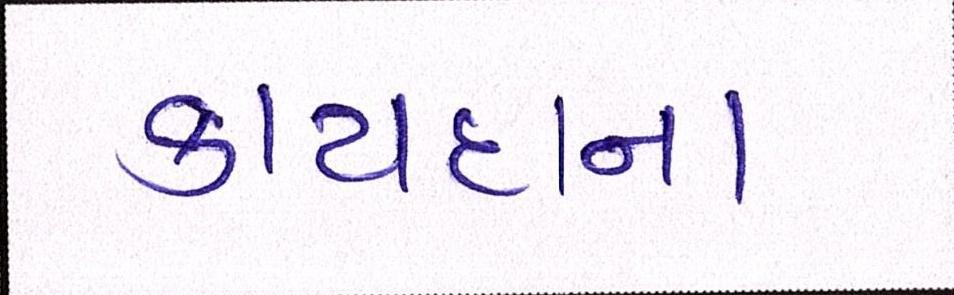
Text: કાયદાના